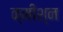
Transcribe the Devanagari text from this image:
क्मीश्न